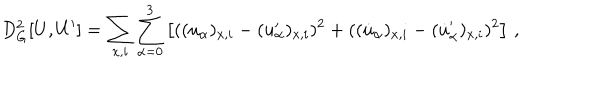
LaTeX: D _ { \mathrm { G } } ^ { 2 } [ U , U ^ { \prime } ] = \sum _ { x , i } \sum _ { \alpha = 0 } ^ { 3 } \left[ ( ( u _ { \alpha } ) _ { x , i } - ( u _ { \alpha } ^ { \prime } ) _ { x , i } ) ^ { 2 } + ( ( \dot { u } _ { \alpha } ) _ { x , i } - ( \dot { u } _ { \alpha } ^ { \prime } ) _ { x , i } ) ^ { 2 } \right] \, ,